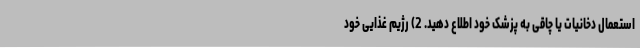
استعمال دخانیات یا چاقی به پزشک خود اطلاع دهید. 2) رژیم غذایی خود